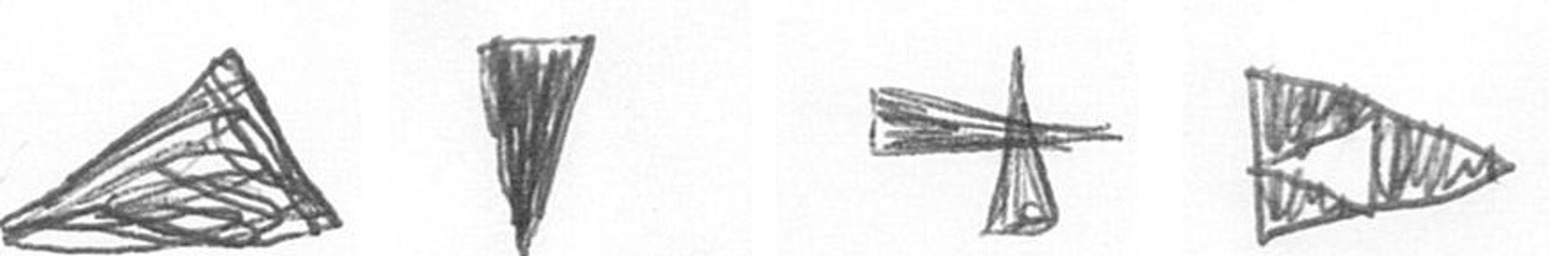
O J G K